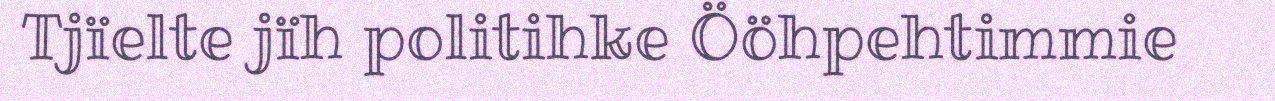
Tjïelte jïh politihke Ööhpehtimmie